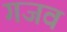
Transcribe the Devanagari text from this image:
गजव